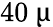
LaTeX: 40~\upmu